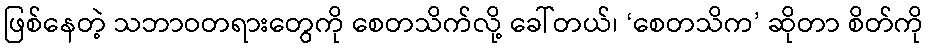
ဖြစ်နေတဲ့ သဘာဝတရားတွေကို စေတသိက်လို့ ခေါ်တယ်၊ ‘စေတသိက’ ဆိုတာ စိတ်ကို